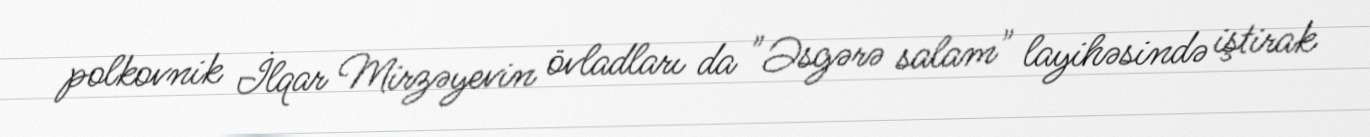
polkovnik İlqar Mirzəyevin övladları da "Əsgərə salam" layihəsində iştirak